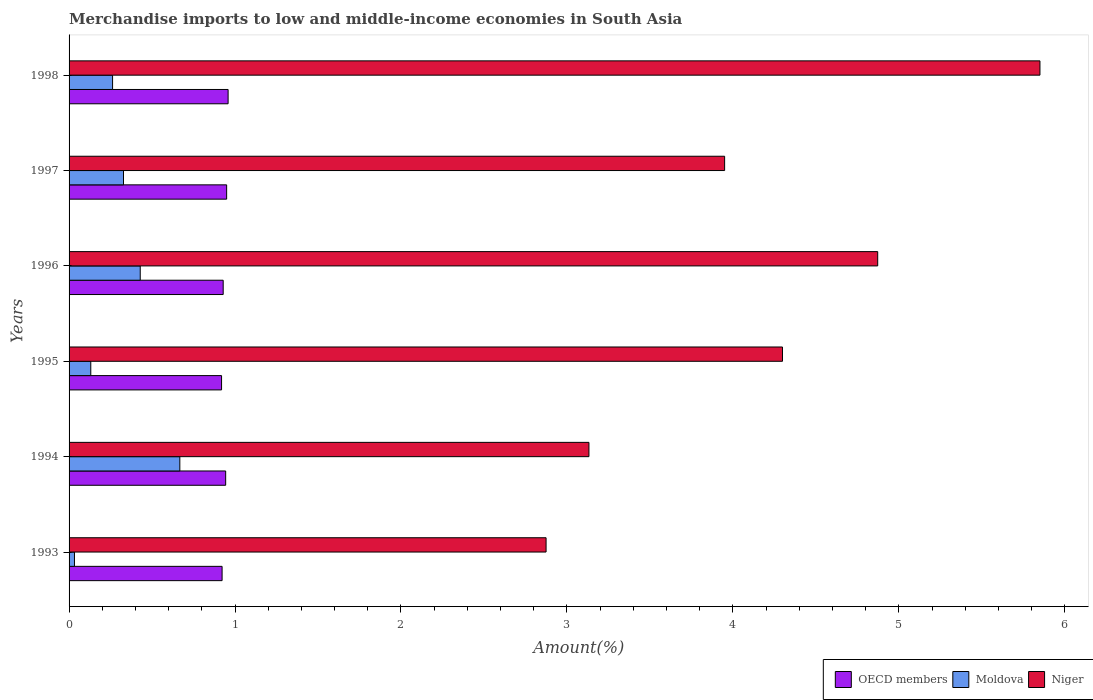
| Years | OECD members | Moldova | Niger |
 | --- | --- | --- | --- |
 | 1993 | 0.922 | 0.0325 | 2.87 |
 | 1994 | 0.944 | 0.667 | 3.13 |
 | 1995 | 0.919 | 0.131 | 4.3 |
 | 1996 | 0.929 | 0.429 | 4.87 |
 | 1997 | 0.949 | 0.328 | 3.95 |
 | 1998 | 0.958 | 0.262 | 5.85 |